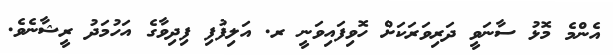
އެންމެ މޮޅު ސާނަވީ ދަރިވަރަކަށް ހޮވިފައިވަނީ ރ. އަލިފުފި ފިދިވާގެ އަހުމަދު ރީޝާނެވެ.